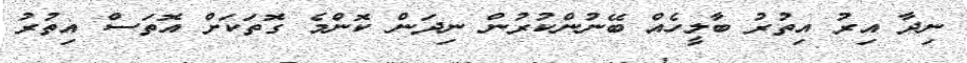
ނިދާ އިރު އިތުރު ބާލީހެއް ބޭނުންކުރުން ނިދަން ކޮންމެ ގޮތަކަށް އޮތަސް އިތުރު